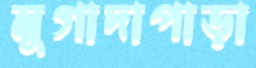
মুগাদাপাড়া